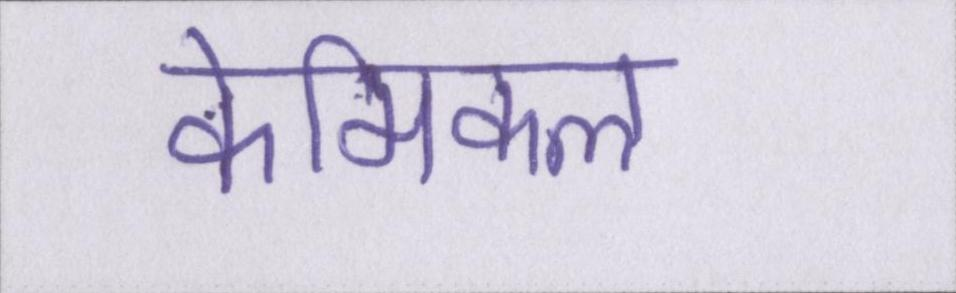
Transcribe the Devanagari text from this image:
केमिकल